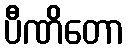
ပီဏိတော